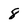
Character: 8